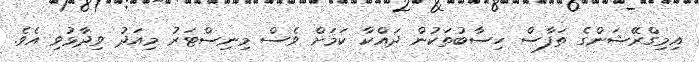
އިމިގްރޭޝަންގެ ތަފާސް ހިސާބުތަކުން ދައްކާ ކަމަށް ވެސް މިނިސްޓަރު މިއަދު ވިދާޅުވި އެވެ.